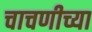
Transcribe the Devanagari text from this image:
चाचणीच्या